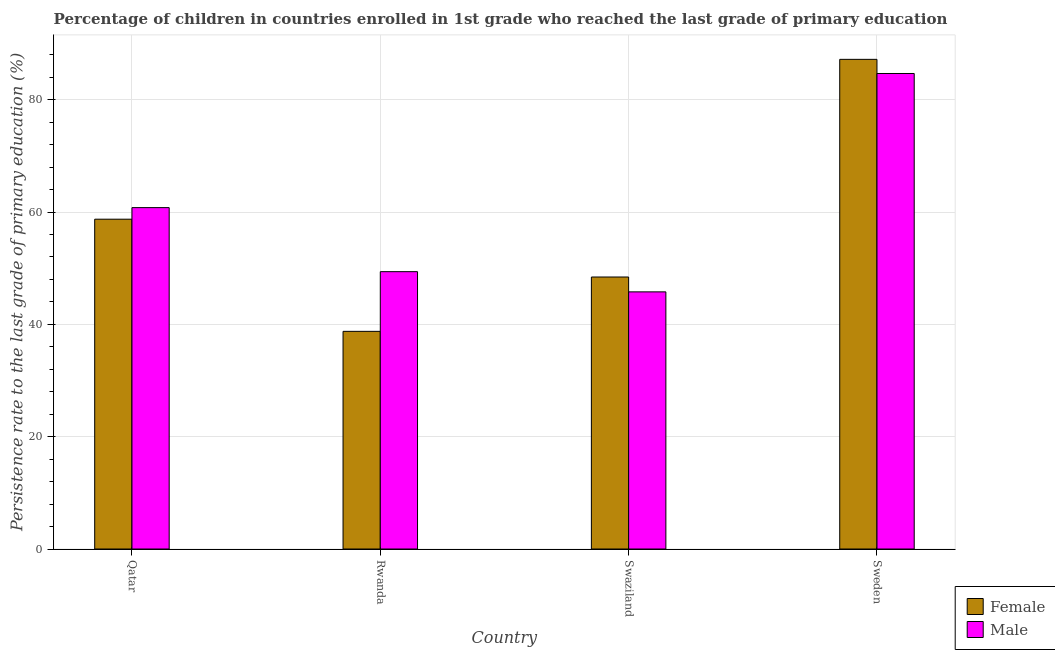
| Country | Female | Male |
 | --- | --- | --- |
 | Qatar | 58.7 | 60.8 |
 | Rwanda | 38.8 | 49.4 |
 | Swaziland | 48.4 | 45.8 |
 | Sweden | 87.2 | 84.7 |